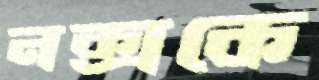
নক্সকে